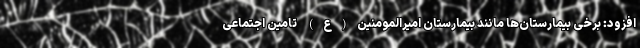
افزود: برخی بیمارستان‌ها مانند بیمارستان امیرالمومنین(ع) تامین اجتماعی